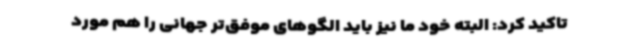
تاکید کرد: البته خود ما نیز باید الگوهای موفق‌تر جهانی را هم مورد